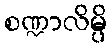
စဏ္ဍာလိမ္ပိ